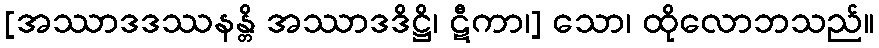
[အဿာဒဒဿနန္တိ အဿာဒဒိဋ္ဌိ၊ ဋီကာ၊] သော၊ ထိုလောဘသည်။